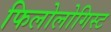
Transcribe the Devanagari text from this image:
फिलोलोगिस्ट